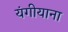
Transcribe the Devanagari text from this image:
यंगीयाना